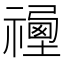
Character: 𥛿